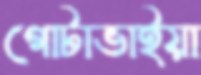
গোটাভাইয়া